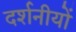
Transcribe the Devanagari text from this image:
दर्शनीयों